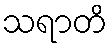
သရာတိ